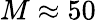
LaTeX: M\approx 50